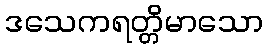
ဒသေကရတ္တိမာသော